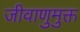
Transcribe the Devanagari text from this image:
जीवाणुमुक्त